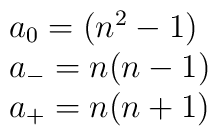
\begin{array}{lcr} a_{0}= ({n^2}-1)\\a_{-}= n(n-1)\\a_{+}= n(n+1)\end {array}